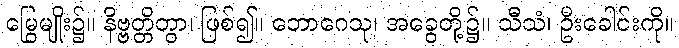
မြွေမျိုး၌။ နိဗ္ဗတ္တိတွာ၊ ဖြစ်၍။ ဘောဂေသု၊ အခွေတို့၌။ သီသံ၊ ဦးခေါင်းကို။